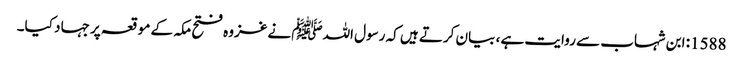
1588: ابن شہاب سے روایت ہے ، بیان کرتے ہیں کہ رسول اللہﷺ نے غزوہ فتح مکہ کے موقعہ پر جہاد کیا۔